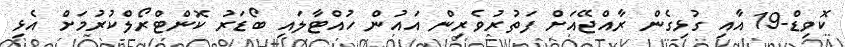
ކޮވިޑް-19 އާއި ގުޅިގެން ރާއްޖޭއަށް ފަތުރުވެރިން އައުން ހުއްޓާލައި ބޯޑަރު ކޮންޓްރޯލްކުރުމަށް އެޅި